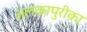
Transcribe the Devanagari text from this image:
अलकापुरीका